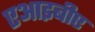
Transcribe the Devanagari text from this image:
एआइबीए